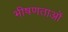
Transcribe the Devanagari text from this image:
भीषणताओं